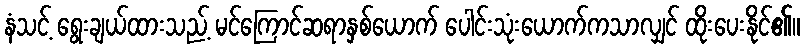
နံသင့် ရွေးချယ်ထားသည့် မင်ကြောင်ဆရာနှစ်ယောက် ပေါင်းသုံးယောက်ကသာလျှင် ထိုးပေးနိုင်၏။